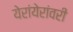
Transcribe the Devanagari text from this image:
येरांयेरांवरी